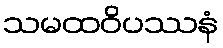
သမထဝိပဿနံ